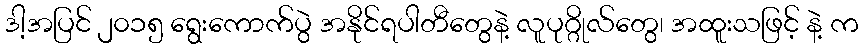
ဒါ့အပြင် ၂၀၁၅ ရွေးကောက်ပွဲ အနိုင်ရပါတီတွေနဲ့ လူပုဂ္ဂိုလ်တွေ၊ အထူးသဖြင့် နဲ့ က